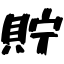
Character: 貯